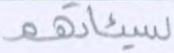
سيئاتهم